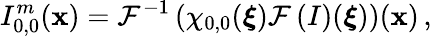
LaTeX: I_{0,0}^{m}(\boldsymbol{\mathbf{x}})=\mathcal{{F}}^{-1}\left(\chi_{0,0}(\boldsymbol{\xi})\mathcal{{F}}\left(I\right)(\boldsymbol{\xi})\right)(\boldsymbol{\mathbf{x}})\, ,